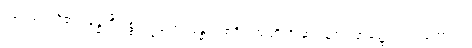
ပရေသံ၊ တို့၏။ ခန္ဓာဒိ ပစ္စဝက္ခဏေ၊ ခန္ဓာအစရှိသည်တို့ကို ဆင်ခြင်ရာအခါ၌ လည်းကောင်း။